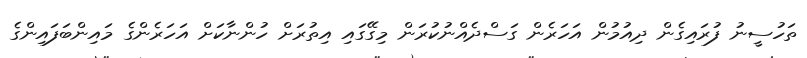
ތަހުސީނު ފުރައިގެން ދިއުމުން އަހަރެން ގަސްދެއްނުކުރަން މިގޭގައި އިތުރަށް ހުންނާކަށް އަހަރެންގެ މައިންބަފައިންގެ